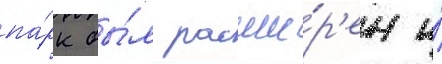
па́рк бы́л расши́р'ен и́